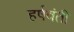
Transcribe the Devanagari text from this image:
हर्षवंती